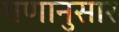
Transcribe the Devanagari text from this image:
पणानुसार